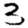
Digit: 3